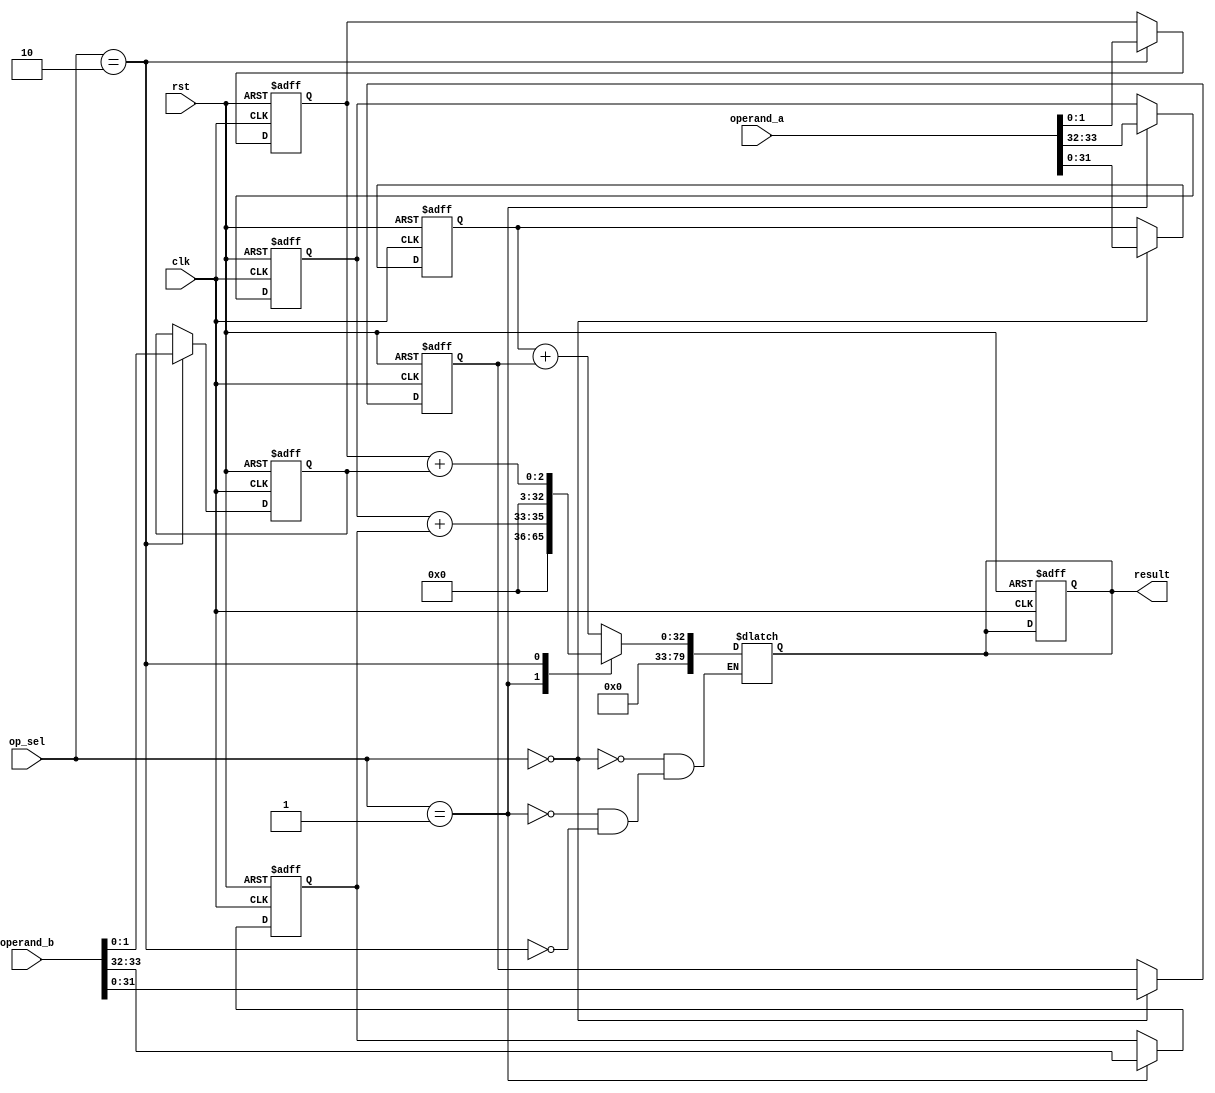
module mixed_precision_float_unit(
    input wire clk,
    input wire rst,
    input wire [1:0] op_sel,
    input wire [79:0] operand_a,
    input wire [79:0] operand_b,
    output reg [79:0] result
);

reg [0:31] single_op_a;
reg [0:31] single_op_b;
reg [1:0] double_op_a;
reg [1:0] double_op_b;
reg [1:0] extended_op_a;
reg [1:0] extended_op_b;

always @(posedge clk or posedge rst) begin
    if (rst) begin
        single_op_a <= 32'h0;
        single_op_b <= 32'h0;
        double_op_a <= 64'h0;
        double_op_b <= 64'h0;
        extended_op_a <= 80'h0;
        extended_op_b <= 80'h0;
        result <= 80'h0;
    end else begin
        case(op_sel)
            2'b00: begin
                single_op_a <= operand_a[31:0];
                single_op_b <= operand_b[31:0];
            end
            2'b01: begin
                double_op_a <= operand_a[63:32];
                double_op_b <= operand_b[63:32];
            end
            2'b10: begin
                extended_op_a <= operand_a[79:0];
                extended_op_b <= operand_b[79:0];
            end
        endcase
    end
end

always @* begin
    case(op_sel)
        2'b00: result <= single_op_a + single_op_b;
        2'b01: result <= double_op_a + double_op_b;
        2'b10: result <= extended_op_a + extended_op_b;
    endcase
end

endmodule